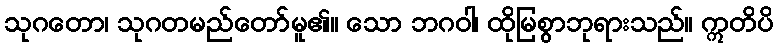
သုဂတော၊ သုဂတမည်တော်မူ၏။ သော ဘဂဝါ၊ ထိုမြစွာဘုရားသည်။ ဣတိပိ